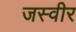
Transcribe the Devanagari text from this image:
जस्वीर